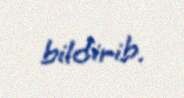
bildirib.